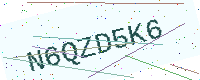
Text: N6QZD5K6